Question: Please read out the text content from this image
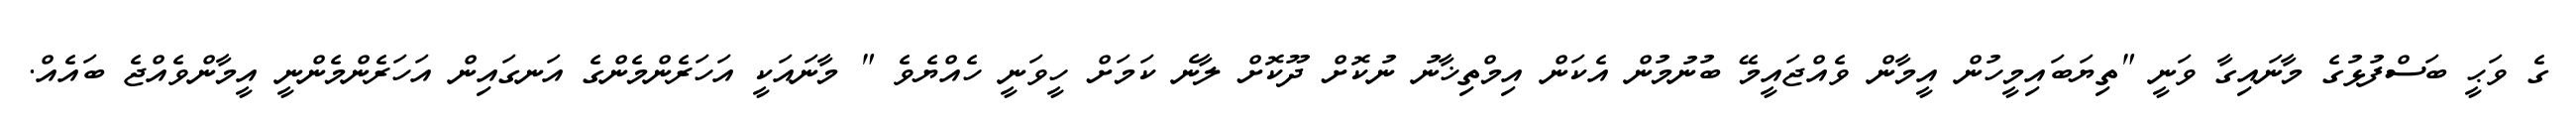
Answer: ގެ ވަޙީ ބަސްފުޅުގެ މާނައިގާ ވަނީ "ތިޔަބައިމީހުން އީމާން ވެއްޖައީމޭ ބުނުމުން އެކަން އިމްތިޚާނު ނުކޮށް ދޫކޮށް ލާނެ ކަމަށް ހީވަނީ ހެއްޔެވެ " މާނައަކީ އަހަރެންމެންގެ އަނގައިން އަހަރެންމެންނީ އީމާންވެއްޖެ ބައެއް.